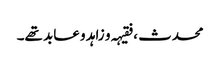
محدث ، فقیہہ و زاہد و عابد تھے۔